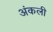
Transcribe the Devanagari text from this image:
अंकली